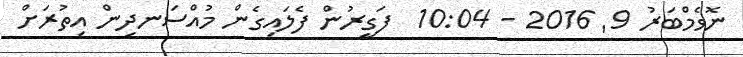
ނޮވެމްބަރު 9